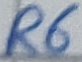
Text: R6